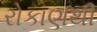
રોકાણથી